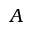
A